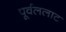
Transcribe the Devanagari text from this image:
पूर्वललाट